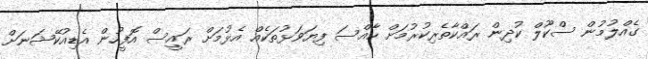
ގެއްލުމުން ސްކޫލް ކުދިން ރައްކާތެރިކުރުމަށް ހާއްސަ ފިޔަވަޅުތަކެއް އެޅުމަށް ރައީސް އޮފީހުން އެޑިއުކޭޝަނަށް